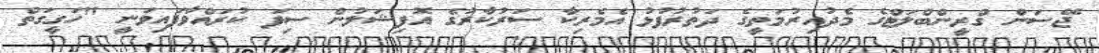
ޖޭސަން ގްރީންބްލަޓްގެ މެދުއިރުމަތީގެ ދަތުރުފުޅު އެމެރިކާ ސަރުކާރުގެ އޮފިޝަލުން ސިފަ ކުރައްވާފައިވަނީ "ހަގީގަތް